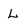
Character: L